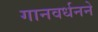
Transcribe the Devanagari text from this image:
गानवर्धनने